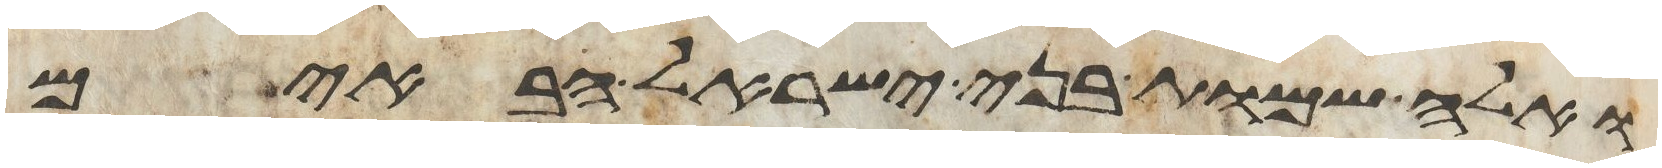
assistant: ואלה שמות בני ישראל הבאים